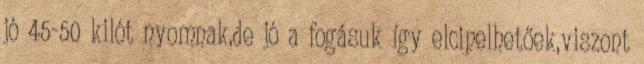
jó 45-50 kilót nyomnak,de jó a fogásuk így elcipelhetőek,viszont